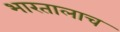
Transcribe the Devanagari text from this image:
भारतालाच